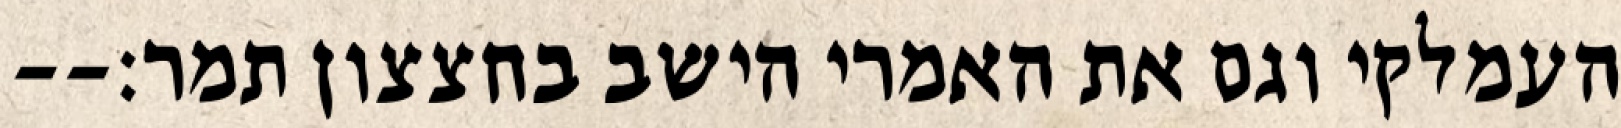
העמלקי וגם את האמרי הישב בחצצון תמר׃--